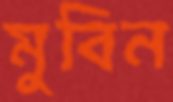
মুবিন